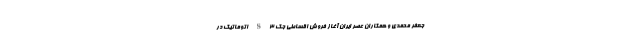
جعفر محمدی و همکاران عصر ایران آغاز فروش اقساطی جک S3 اتوماتیک در